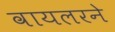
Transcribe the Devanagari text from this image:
वायलरने